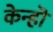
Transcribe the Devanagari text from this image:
केन्हॊ